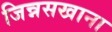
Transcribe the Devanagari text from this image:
जिन्नसखाना